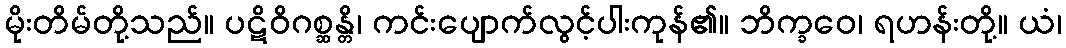
မိုးတိမ်တို့သည်။ ပဋိဝိဂစ္ဆန္တိ၊ ကင်းပျောက်လွင့်ပါးကုန်၏။ ဘိက္ခဝေ၊ ရဟန်းတို့။ ယံ၊